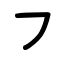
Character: ㇇